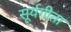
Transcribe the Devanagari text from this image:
सूर्यगीता